Leaving Certificate, 1896
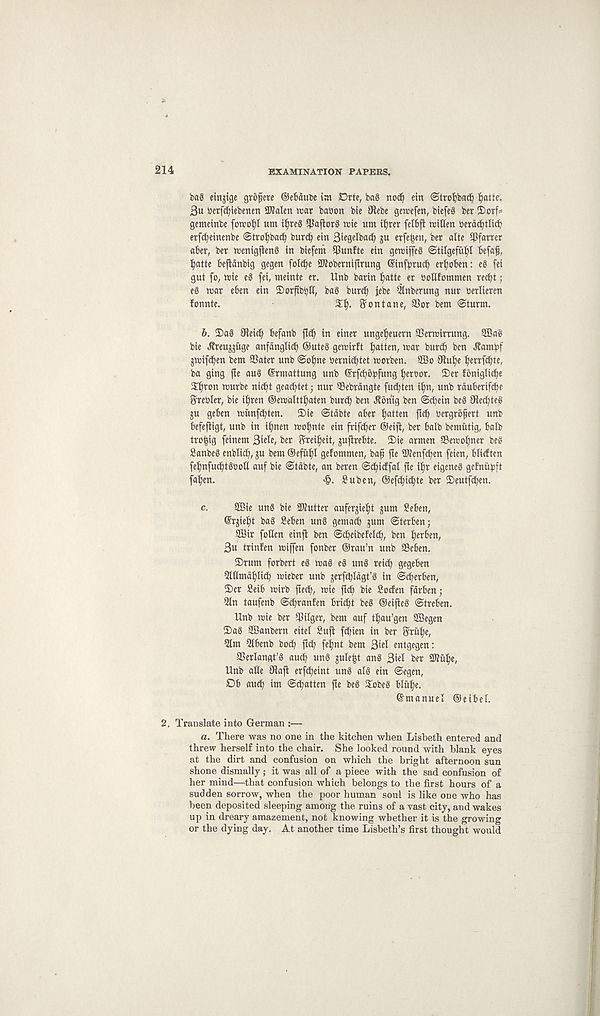
214
EXAMINATION PAPERS.
ba§ etnjtge gro^cre ©ebaitDe int Drte, bag nod? etn 6tro^bac^
3u bcrfc^iebenen 3KaIen war babon bie 9tebe gewefen, biefeg ber 2>orfs
gentcinbc fowo^I um tl)reg ^aflorg wie um i^rcr fetbft witlen bcrac^tlid?
erfc^etnenbe @trol)bac^ burc^ ein Siegdbad) ju erfe^cn, ber alte $farrer
aber, ber wenigfleng in biefem SPunfte ein gcwiffeg <®tilgefut)l befall,
^atte befidnbig gegen fol^e SWobernijlrung ©infprucb er^oben: eg fei
gut fo, wie eg fei, meinte er. Unb barin |)atte er boflfommen rec^t;
eg war eben ein 2) or fi b' s) t(, bag butd) jebe 5lnberung nur berlieren
fonnte.
ffontane, SSor bem <sturm.
b. Sag Oleicb befanb fid) in einer unge^euern SSerwirrung. ffiag
bie Jlreu^uge anfdnglicb ©uteg gewirft fatten, war burcb ben ^ambf
gwifdfen bem 33ater unb @obne bernid)tet worben. ffio 3flu^e fierrfcbie,
ba ging fie aug ©rmattung unb ©rfd)5bfung ijerbor. ©er foniglicbe
3^ron wurbe nic^t gead)tet; nur 38ebrdngte fud)ten if)n, unb rduberifc^e
grebler, bie i^ren @ewaltti)aten burd) ben itonig ben @d)ein beg 9led)teg
ju geben wunfd)ten. ©ie @tdbte aber fatten ftd) bergrofert unb
befefiigt, unb in ifjnen wofmte ein frifd)er ©eifi, ber balb bcmutig, balb
tro^ig feinent 3i^e, ber Brei^eit, juflrebte. ©ie armen SBewotfner beg
Sanbeg enblid), ju bem ©efuf)i gefommen, bafj fte ^enfd)en feien, blicften
fefjnfucbtgbeli auf bie ©tdbte, an beren @d)icffa! fie if)r eigeneg gcfniibft
fa^en.
<§. Suben, ©ef^id^te ber ©eutfd)en.
c. ffiie ung bie Gutter auferjieiit jum Seben,
©rgie^t bag Seben ung gema^ jum ©terben;
2Bir foUen einfi ben @d)eibefcld), ben fjerben,
3u trinfen wijfen fonber ©rau’n unb SBeben.
©rum forbert eg wag eg ung reid) gegeben
Qltimd^Iicb wieber unb gerfd)Idgt’g in ©cberben,
©er 8eib wirb fted), wie fid) bie fiocfen fdrben;
5ln taufenb @d)ranfen bridjt beg ©eifleg ©treben.
Unb wie ber iPilger, bem auf t^au’gen SBegen
©ag SBanbern eitel Sufi fd)ien in ber Sruffe,
5im Qlbenb bod) fief) fetjnt bem 3idl entgegen:
SSerlangt’g aud) ung gule^t ang 3iel ber SWit^e,
Unb alle fRaft erfd)eint ung alg ein ©egen,
Db aud) im ©fatten fie beg ©obeg biiifie.
©manuel ©eibel.
2. Translate into German
a. There was no one in the kitchen when Lisbeth entered and
threw herself into the chair. She looked round with blank eyes
at the dirt and confusion on which the bright afternoon sun
shone dismally; it was all of a piece with the sad confusion of
her mind—that confusion which belongs to the first hours of a
sudden sorrow, when the poor human soul is like one who has
been deposited sleeping among the ruins of a vast city, and wakes
up in dreary amazement, not knowing whether it is the growing
or the dying day. At another time Lisbeth’s first thought would